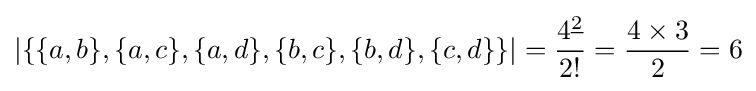
\left\vert \{\{a,b\},\{a,c\},\{a,d\},\{b,c\},\{b,d\},\{c,d\}\}\right\vert ={\frac {4^{\underline {2}}}{2!}}={\frac {4\times 3}{2}}=6